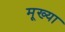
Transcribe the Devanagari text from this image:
मूख्या